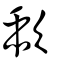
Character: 歃